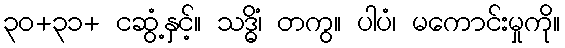
၃၀+၃၁+ ငဆွံ့နှင့်။ သဒ္ဓိံ၊ တကွ။ ပါပံ၊ မကောင်းမှုကို။